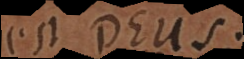
est Deus.